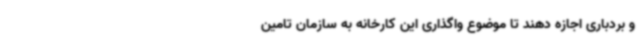
و بردباری اجازه دهند تا موضوع واگذاری این کارخانه به سازمان تامین